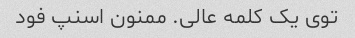
توی یک کلمه عالی. ممنون اسنپ فود